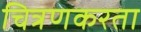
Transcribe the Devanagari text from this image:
चित्रणकरता